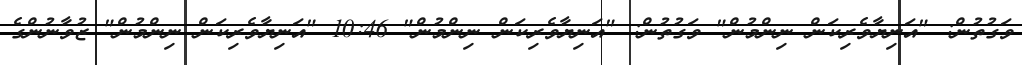
ވަގުތުން: "އަނިޔާވެރިކަން ނިންމުން" ވަގުތުން: "އަނިޔާވެރިކަން ނިންމުން" 10:46 "އަނިޔާވެރިކަން ނިންމުން" ޒުވާނުންގެ